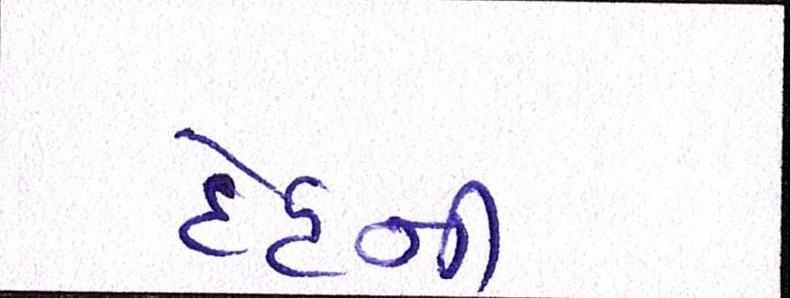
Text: દેહની